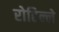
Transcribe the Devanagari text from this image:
रोहिल्ले